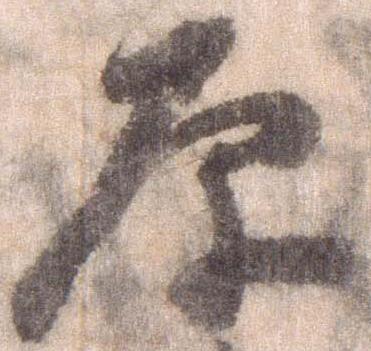
原